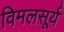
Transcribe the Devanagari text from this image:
विमलसूर्य